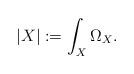
LaTeX: \begin{align*} |X| : = \int_X \Omega_X.\end{align*}